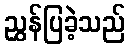
ညွှန်ပြခဲ့သည်